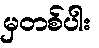
မှတစ်ပါး